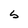
Character: S